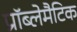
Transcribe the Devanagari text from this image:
प्रॉब्लेमैटिक